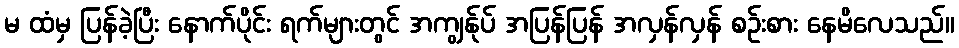
မ ထံမှ ပြန်ခဲ့ပြီး နောက်ပိုင်း ရက်များတွင် အကျွန်ုပ် အပြန်ပြန် အလှန်လှန် စဉ်းစား နေမိလေသည်။